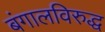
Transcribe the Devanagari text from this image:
बंगालविरुद्ध